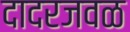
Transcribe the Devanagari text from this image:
दादरजवळ